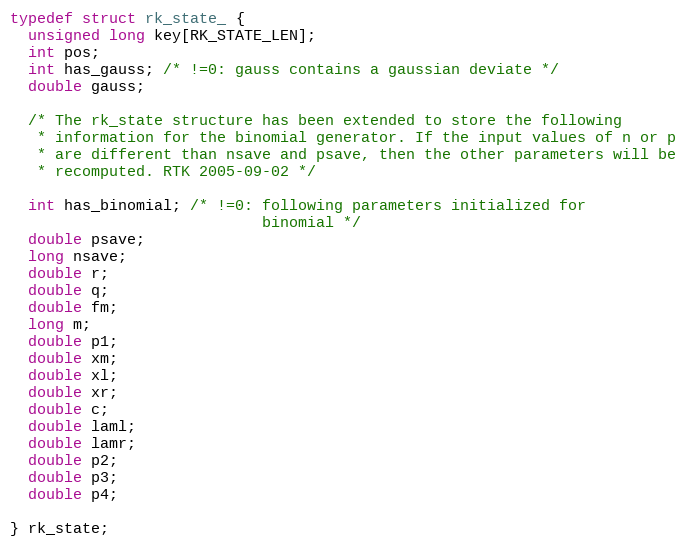
Language: C
typedef struct rk_state_ {
  unsigned long key[RK_STATE_LEN];
  int pos;
  int has_gauss; /* !=0: gauss contains a gaussian deviate */
  double gauss;

  /* The rk_state structure has been extended to store the following
   * information for the binomial generator. If the input values of n or p
   * are different than nsave and psave, then the other parameters will be
   * recomputed. RTK 2005-09-02 */

  int has_binomial; /* !=0: following parameters initialized for
                            binomial */
  double psave;
  long nsave;
  double r;
  double q;
  double fm;
  long m;
  double p1;
  double xm;
  double xl;
  double xr;
  double c;
  double laml;
  double lamr;
  double p2;
  double p3;
  double p4;

} rk_state;